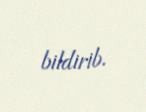
bildirib.